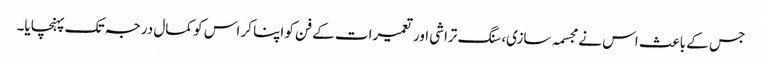
جس کے باعث اس نے مجسمہ سازی، سنگ تراشی اور تعمیرات کے فن کو اپنا کر اس کو کمال درجہ تک پہنچایا۔